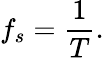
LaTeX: f_{s}=\frac{1}{T}.